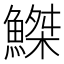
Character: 𫙮